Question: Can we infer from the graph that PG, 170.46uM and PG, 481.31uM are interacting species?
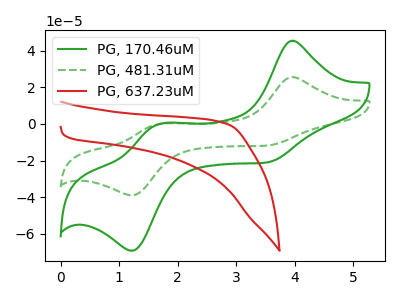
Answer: <think>The green curve "PG, 170.46uM" has anodic peaks at (3.95V, 45.40uA) (1.65V, -0.30uA) and cathodic peaks at (3.50V, -21.15uA) (1.25V, -69.25uA). The green dashed curve "PG, 481.31uM" has anodic peaks at (3.95V, 25.55uA) (1.65V, -0.15uA) and cathodic peaks at (3.50V, -11.90uA) (1.25V, -38.95uA). The red curve "PG, 637.23uM" has no peaks.
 All the peaks in "PG, 170.46uM" have a peak in "PG, 481.31uM" at the same potential.</think>
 <answer>No, "PG, 170.46uM" and "PG, 481.31uM" don't appear to be significantly different in shape</answer>
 <eval>no_change</eval>